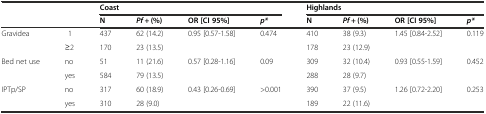
<table><thead><tr><td rowspan="2" colspan="2"></td><td colspan="4"><b>Coast</b></td><td colspan="4"><b>Highlands</b></td></tr><tr><td><b>N</b></td><td><b><i>Pf +</i> (%)</b></td><td><b>OR [CI 95%]</b></td><td><b><i>p*</i></b></td><td><b>N</b></td><td><b><i>Pf +</i> (%)</b></td><td><b>OR [CI 95%]</b></td><td><b><i>p*</i></b></td></tr></thead><tbody><tr><td rowspan="2">Gravidea</td><td>1</td><td>437</td><td>62 (14.2)</td><td rowspan="2">0.95 [0.57-1.58]</td><td rowspan="2">0.474</td><td>410</td><td>38 (9.3)</td><td rowspan="2">1.45 [0.84-2.52]</td><td rowspan="2">0.119</td></tr><tr><td>≥2</td><td>170</td><td>23 (13.5)</td><td>178</td><td>23 (12.9)</td></tr><tr><td rowspan="2">Bed net use</td><td>no</td><td>51</td><td>11 (21.6)</td><td rowspan="2">0.57 [0.28-1.16]</td><td rowspan="2">0.09</td><td>309</td><td>32 (10.4)</td><td rowspan="2">0.93 [0.55-1.59]</td><td rowspan="2">0.452</td></tr><tr><td>yes</td><td>584</td><td>79 (13.5)</td><td>288</td><td>28 (9.7)</td></tr><tr><td rowspan="2">IPTp/SP</td><td>no</td><td>317</td><td>60 (18.9)</td><td rowspan="2">0.43 [0.26-0.69]</td><td rowspan="2">&gt;0.001</td><td>390</td><td>37 (9.5)</td><td rowspan="2">1.26 [0.72-2.20]</td><td rowspan="2">0.253</td></tr><tr><td>yes</td><td>310</td><td>28 (9.0)</td><td>189</td><td>22 (11.6)</td></tr></tbody></table>